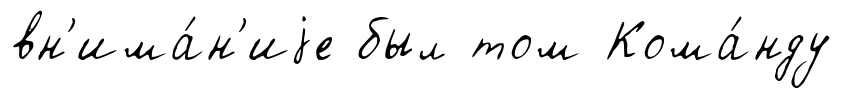
вн'има́н'иjе был том Кома́нду